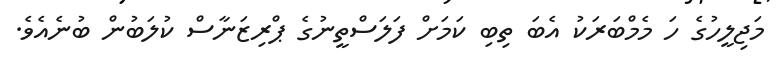
މަޖިލީހުގެ ހަ މެމްބަރަކު އެބަ ތިބި ކަމަށް ފަލަސްތީނުގެ ޕްރިޒަނާސް ކުލަބުން ބުނެއެވެ.